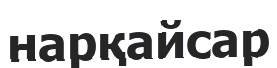
нарқайсар